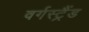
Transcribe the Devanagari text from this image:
वर्गस्ट्रैंड